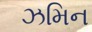
ઝમિન